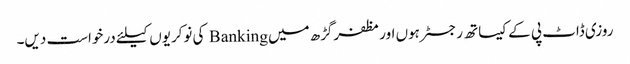
روزی ڈاٹ پی کے کیساتھ رجسٹر ہوں اور مظفرگڑھ میں Banking کی نوکریوں کیلئے درخواست دیں۔